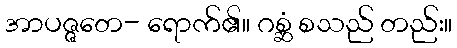
အာပဇ္ဇတေ- ရောက်၏။ ဂစ္ဆံ စသည် တည်း။